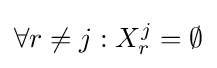
\forall r\neq j:X_{r}^{j}=\emptyset